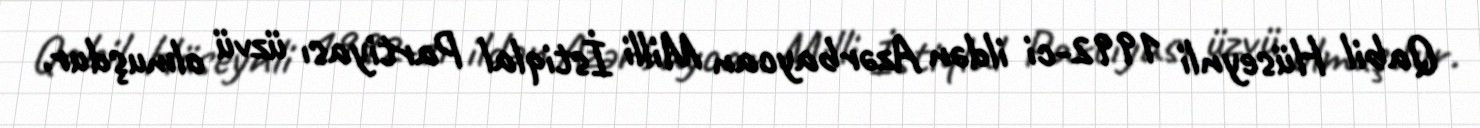
Qabil Hüseynli 1992-ci ildən Azərbaycan Milli İstiqlal Partiyası üzvü olmuşdur.